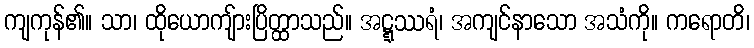
ကျကုန်၏။ သာ၊ ထိုယောကျ်ားပြိတ္ထာသည်။ အဋ္ဋဿရံ၊ အကျင်နာသော အသံကို။ ကရောတိ၊